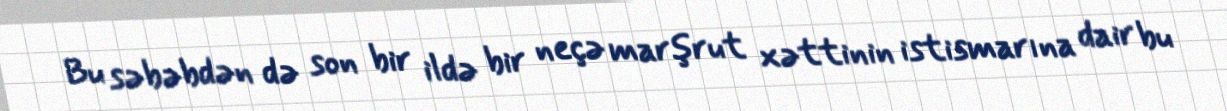
Bu səbəbdən də son bir ildə bir neçə marşrut xəttinin istismarına dair bu